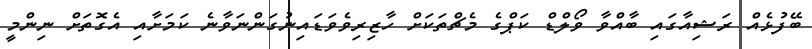
ބޭފުޅެއް ރަޝިއާގައި ބާއްވާ ވޯލްޑް ކަޕްގެ މެޗްތަކަށް ހާޒިރިވެވަޑައިނުގަންނަވާނެ ކަމަށާއި އެގޮތަށް ނިންމީ